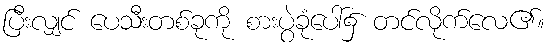
ပြီးလျှင် ပေသီးတစ်ခုကို စားပွဲခုံပေါ်၌ တင်လိုက်လေ၏။